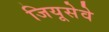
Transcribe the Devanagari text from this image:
जियूसेवे